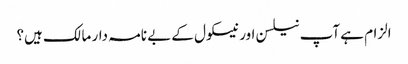
الزام ہے آپ نیلسن اور نیسکول کے بے نامہ دار مالک ہیں؟